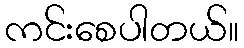
ကင်းစေပါတယ်။